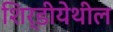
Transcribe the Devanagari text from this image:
शिर्डीयेथील